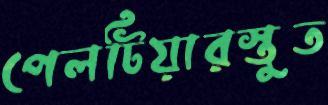
পেলটিয়ারস্তুত